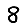
Digit: 8